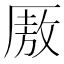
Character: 厫